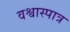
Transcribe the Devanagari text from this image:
वश्वास्पात्र